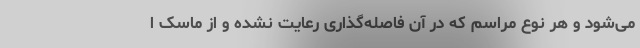
می‌شود و هر نوع مراسم که در آن فاصله‌گذاری رعایت نشده و از ماسک ا